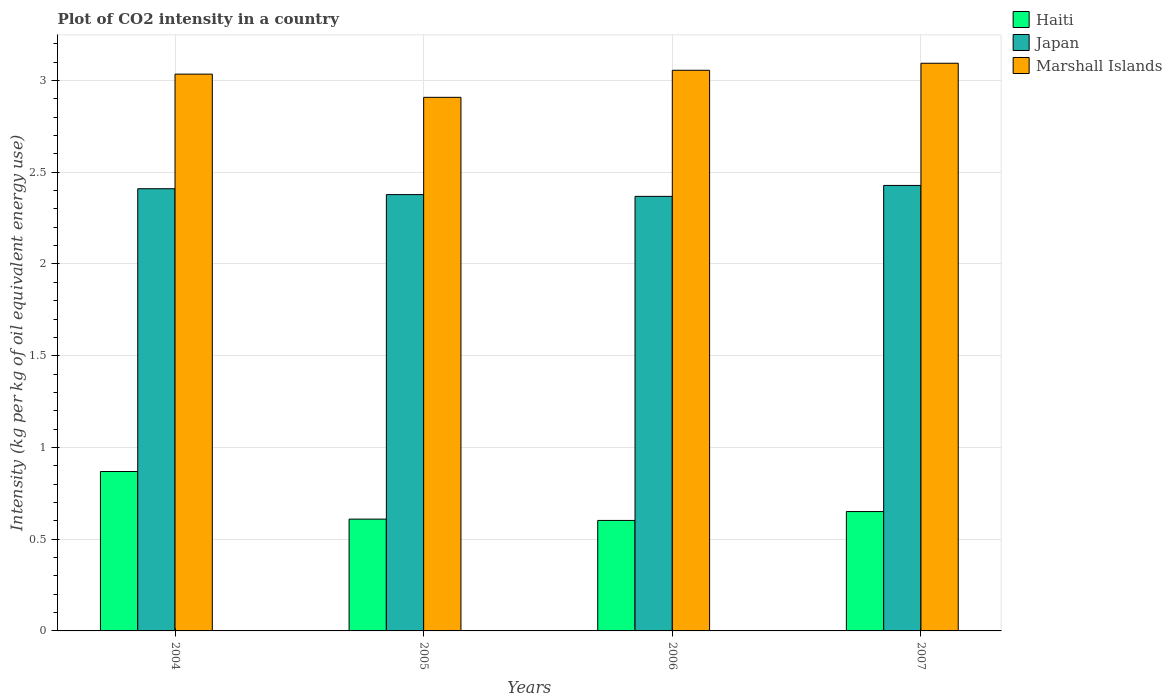
| Years | Haiti | Japan | Marshall Islands |
 | --- | --- | --- | --- |
 | 2004 | 0.869 | 2.41 | 3.03 |
 | 2005 | 0.609 | 2.38 | 2.91 |
 | 2006 | 0.602 | 2.37 | 3.06 |
 | 2007 | 0.651 | 2.43 | 3.09 |